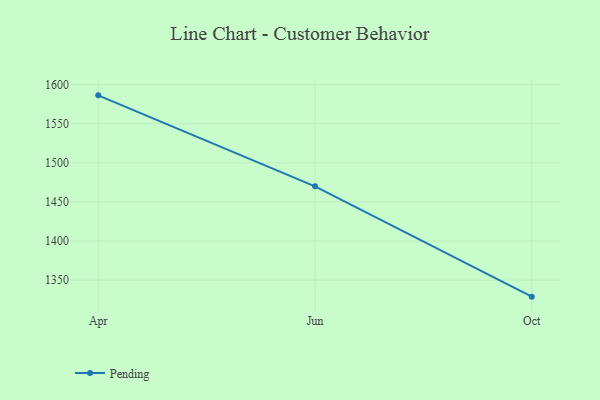
{"axis": {"x": "Month", "y": "Production Output"}, "legend": ["Pending"], "data": [{"x": "Apr", "y": 1586.3, "type": "Pending"}, {"x": "Jun", "y": 1469.9, "type": "Pending"}, {"x": "Oct", "y": 1328.8, "type": "Pending"}]}